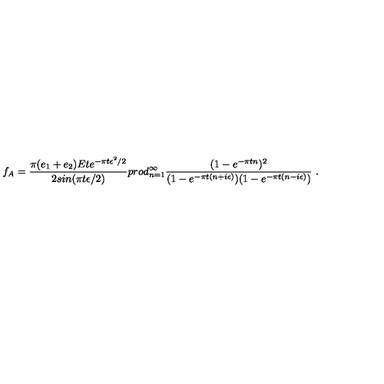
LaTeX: f _ { A } = { \frac { \pi ( e _ { 1 } + e _ { 2 } ) E t e ^ { - \pi t \epsilon ^ { 2 } / 2 } } { 2 s i n ( \pi t \epsilon / 2 ) } } p r o d _ { n = 1 } ^ { \infty } { \frac { ( 1 - e ^ { - \pi t n } ) ^ { 2 } } { ( 1 - e ^ { - \pi t ( n + i \epsilon ) } ) ( 1 - e ^ { - \pi t ( n - i \epsilon ) } ) } } \ .